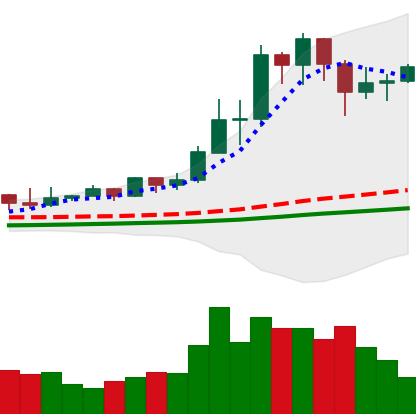
Ticker: TRX-USD
Chart end date: 2021-02-18
Forward return: -18.547%
Label: down_7plus